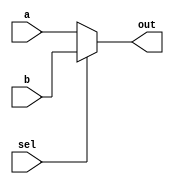
// This program was cloned from: https://github.com/milind7777/VerilogDocGen
// License: MIT License

module mux2to1 (
  input a,
  input b,
  input sel,
  output out

);

  assign out = sel ? b : a;

endmodule